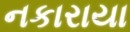
નકારાયા